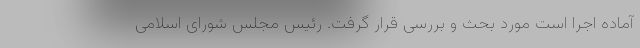
آماده اجرا است مورد بحث و بررسی قرار گرفت. رئیس مجلس شورای اسلامی